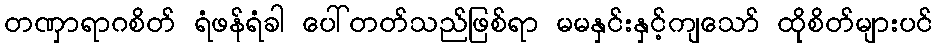
တဏှာရာဂစိတ် ရံဖန်ရံခါ ပေါ်တတ်သည်ဖြစ်ရာ မမနှင်းနှင့်ကျသော် ထိုစိတ်များပင်